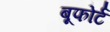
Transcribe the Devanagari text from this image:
बूफोर्ट